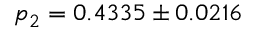
p _ { 2 } = 0 . 4 3 3 5 \pm 0 . 0 2 1 6